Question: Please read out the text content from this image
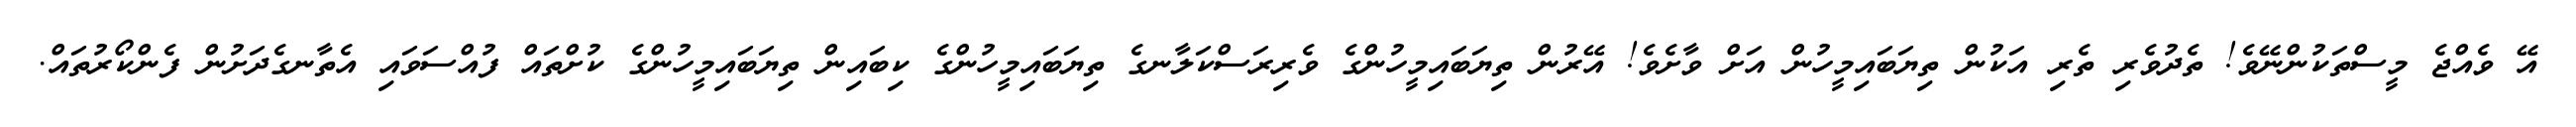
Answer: އޭ ވެއްޖެ މީސްތަކުންނޭވެ! ތެދުވެރި ތެރި އަކުން ތިޔަބައިމީހުން އަށް ވާށެވެ! އޭރުން ތިޔަބައިމީހުންގެ ވެރިރަސްކަލާނގެ ތިޔަބައިމީހުންގެ ކިބައިން ތިޔަބައިމީހުންގެ ކުށްތައް ފުއްސަވައި އެތާނގެދަށުން ފެންކޯރުތައް.